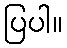
ပြပါ။